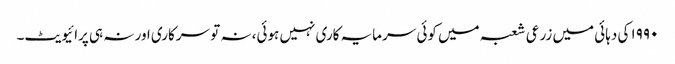
۱۹۹۰ کی دہائی میں زرعی شعبہ میں کوئی سرمایہ کاری نہیں ہوئی، نہ تو سرکاری اور نہ ہی پرائیویٹ۔